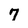
Character: 7